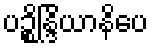
ပဉ္စိန္ဒြိယာနိပေ